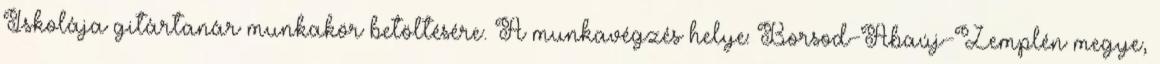
Iskolája gitártanár munkakör betöltésére. A munkavégzés helye: Borsod-Abaúj-Zemplén megye,